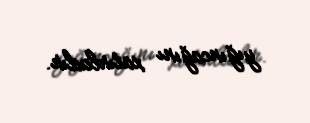
yığıncağını xatırladır.